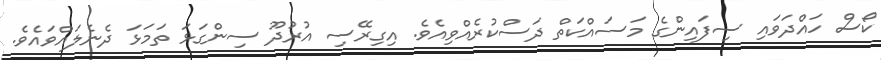
ކޯސް ހައްދަވައި ސިފައިންގެ މަސައްކަތް ދަސްކުރެއްވިއެވެ. އިގިރޭސި އުރުދޫ ސިންގަޅަ ތަމަޅަ ދެނެލައްވައެވެ.